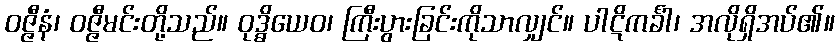
ဝဇ္ဇီနံ၊ ဝဇ္ဇီမင်းတို့သည်။ ဝုဒ္ဓိယေဝ၊ ကြီးပွားခြင်းကိုသာလျှင်။ ပါဋိကင်္ခါ၊ အလိုရှိအပ်၏။